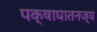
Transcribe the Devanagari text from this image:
पक्षाघातनज्य